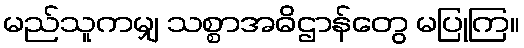
မည်သူကမျှ သစ္စာအဓိဌာန်တွေ မပြုကြ။